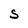
Character: S